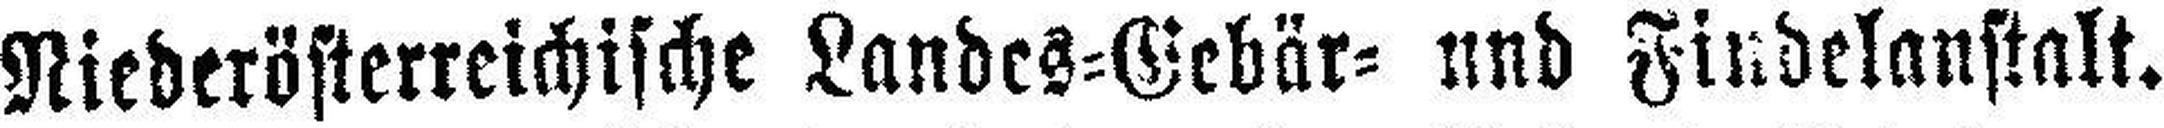
Niederösterreichische Landes=Gebär= und Findelanstalt.